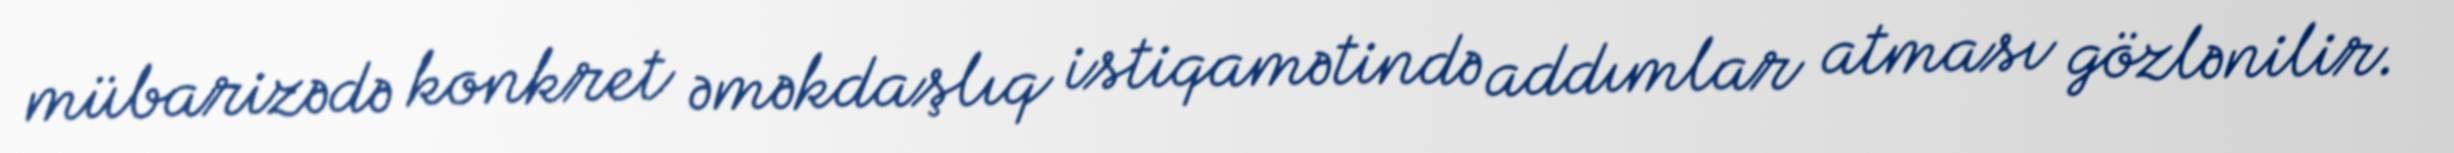
mübarizədə konkret əməkdaşlıq istiqamətində addımlar atması gözlənilir.